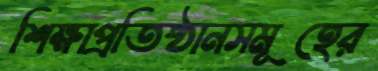
শিক্ষাপ্রতিষ্ঠানসমূহের